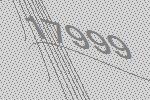
17999